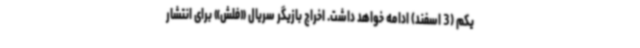
یکم (3 اسفند) ادامه خواهد داشت. اخراج بازیگر سریال «فلش» برای انتشار